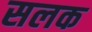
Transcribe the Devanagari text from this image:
सलक